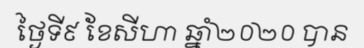
ថ្ងៃទី៩ ខែសីហា ឆ្នាំ២០២០ បាន